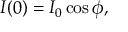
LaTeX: I ( 0 ) = I _ { 0 } \cos \phi ,